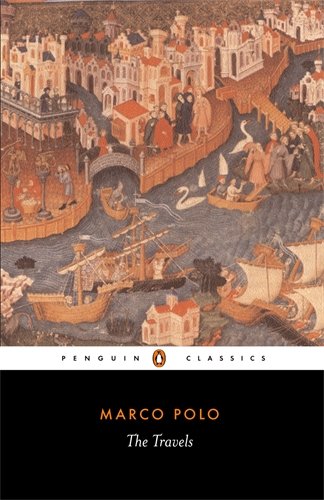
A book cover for The Travels of Marco Polo; Marco Polo; History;